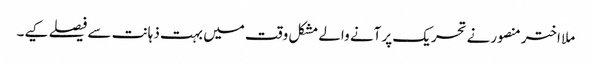
ملا اختر منصورنے تحریک پر آنے والے مشکل وقت میں بہت ذہانت سے فیصلے کیے۔